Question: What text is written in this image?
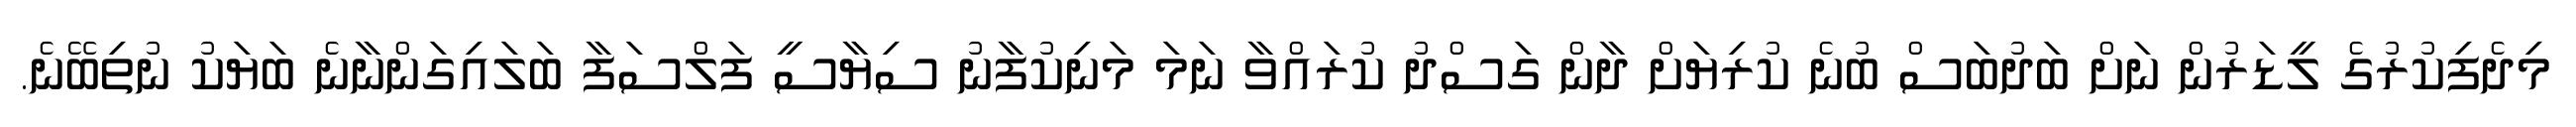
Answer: މިދެފިކުރުގެ ލީޑަރުން ނަށް ބަދުބަސް ބުނެ ކުރިޔަށް ދާން ގަސްދު ކުރައްވާ ނަމަ މަނިކުފާނު ސިޔާސީ ފަލްސަފާ ބަލައިގަންނާނެ ބަޔަކު ނުތިބޭނެ.